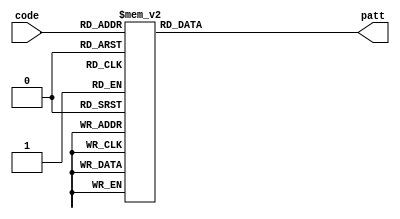
`timescale 1ns / 1ps

module pattern(code, patt);
    parameter num00 = 4'b0000;
    parameter num01 = 4'b0001;
    parameter num02 = 4'b0010;
    parameter num03 = 4'b0011;
    parameter num04 = 4'b0100;
    parameter num05 = 4'b0101;
    parameter num06 = 4'b0110;
    parameter num07 = 4'b0111;
    parameter num08 = 4'b1000;
    parameter num09 = 4'b1001;
    // 0-9
    
    parameter dec00 = 8'b11000000;
    parameter dec01 = 8'b11111001;
    parameter dec02 = 8'b10100100;
    parameter dec03 = 8'b10110000;
    parameter dec04 = 8'b10011001;
    parameter dec05 = 8'b10010010;
    parameter dec06 = 8'b10000010;
    parameter dec07 = 8'b11111000;
    parameter dec08 = 8'b10000000;
    parameter dec09 = 8'b10011000;
    input [3:0] code; // 
    output reg [7:0] patt; // 

    initial begin
        patt <= 8'b11111111;
    end
    
    always @(code)
    begin
        case(code)
            num00: patt = dec00;
            num01: patt = dec01;
            num02: patt = dec02;
            num03: patt = dec03;
            num04: patt = dec04;
            num05: patt = dec05;
            num06: patt = dec06;
            num07: patt = dec07;
            num08: patt = dec08;
            num09: patt = dec09;
            default: patt = 8'b11111111;
        endcase
    end
    
endmodule